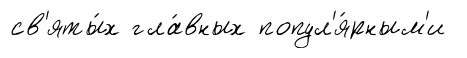
св'яты́х гла́вных попул'я́рным'и